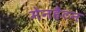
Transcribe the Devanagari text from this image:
मेनहैटन